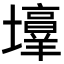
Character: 𪤯